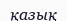
қазық